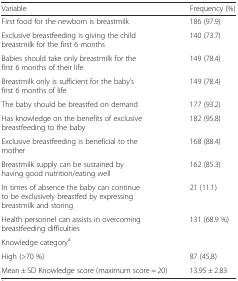
| Variable | Frequency (%) |
 | --- | --- |
 | First food for the newborn is breastmilk | 186 (97.9) |
 | Exclusive breastfeeding is giving the child breastmilk for the first 6 months | 140 (73.7) |
 | Babies should take only breastmilk for the first 6 months of their life | 149 (78.4) |
 | Breastmilk only is sufficient for the baby’s first 6 months of life | 149 (78.4) |
 | The baby should be breastfed on demand | 177 (93.2) |
 | Has knowledge on the benefits of exclusive breastfeeding to the baby | 182 (95.8) |
 | Exclusive breastfeeding is beneficial to the mother | 168 (88.4) |
 | Breastmilk supply can be sustained by having good nutrition/eating well | 162 (85.3) |
 | In times of absence the baby can continue to be exclusively breastfed by expressing breastmilk and storing | 21 (11.1) |
 | Health personnel can assists in overcoming breastfeeding difficulties | 131 (68.9 %) |
 | Knowledge categorya |  |
 | High (>70 %) | 87 (45.8) |
 | Mean ± SD Knowledge score (maximum score = 20) | 13.95 ± 2.83 |